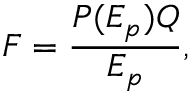
F = \frac { P ( E _ { p } ) Q } { E _ { p } } ,